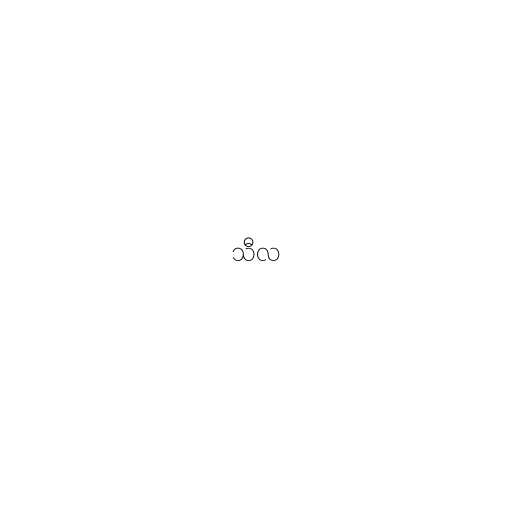
သီလ